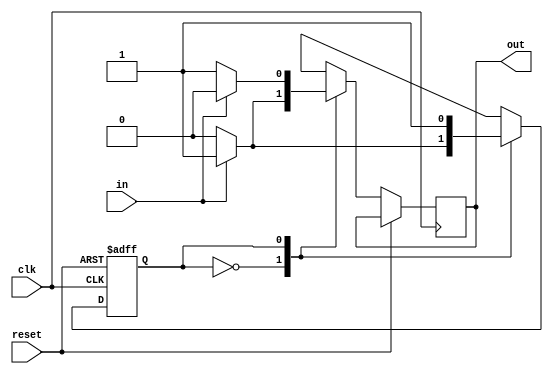
`timescale 1ns / 1ps
//////////////////////////////////////////////////////////////////////////////////////////////////
// assignment number = 5
// problem number = 2
// semester = 5
// group number = 56   
// Name: Sanyukta Deogade (19CS30016)
// Name: Akanksha Singh (19CS10007)
//////////////////////////////////////////////////////////////////////////////////////////////////

module twos_complement(
	    input in, 
		 input clk, 
		 input reset, 
		 output reg out
    );
  reg state;
    parameter S0=0, S1=1;
    always@(posedge clk, posedge reset)
    begin
        if(reset)
            state = S0;
        else
			begin
				case(state)
					S0:
						begin
							if(!in)
								begin
							        state = S0;
							        out = 0;
								end
							else 
							        begin
								state = S1;
								out = 1;
							end
						end
					S1:
						begin
							if(!in)
								begin
							        state = S1;
								out = 1;
								end
							else 
							        begin
								state = S1;
								out = 0;
							        end
						end
			endcase
	   end
	 end
	 
endmodule